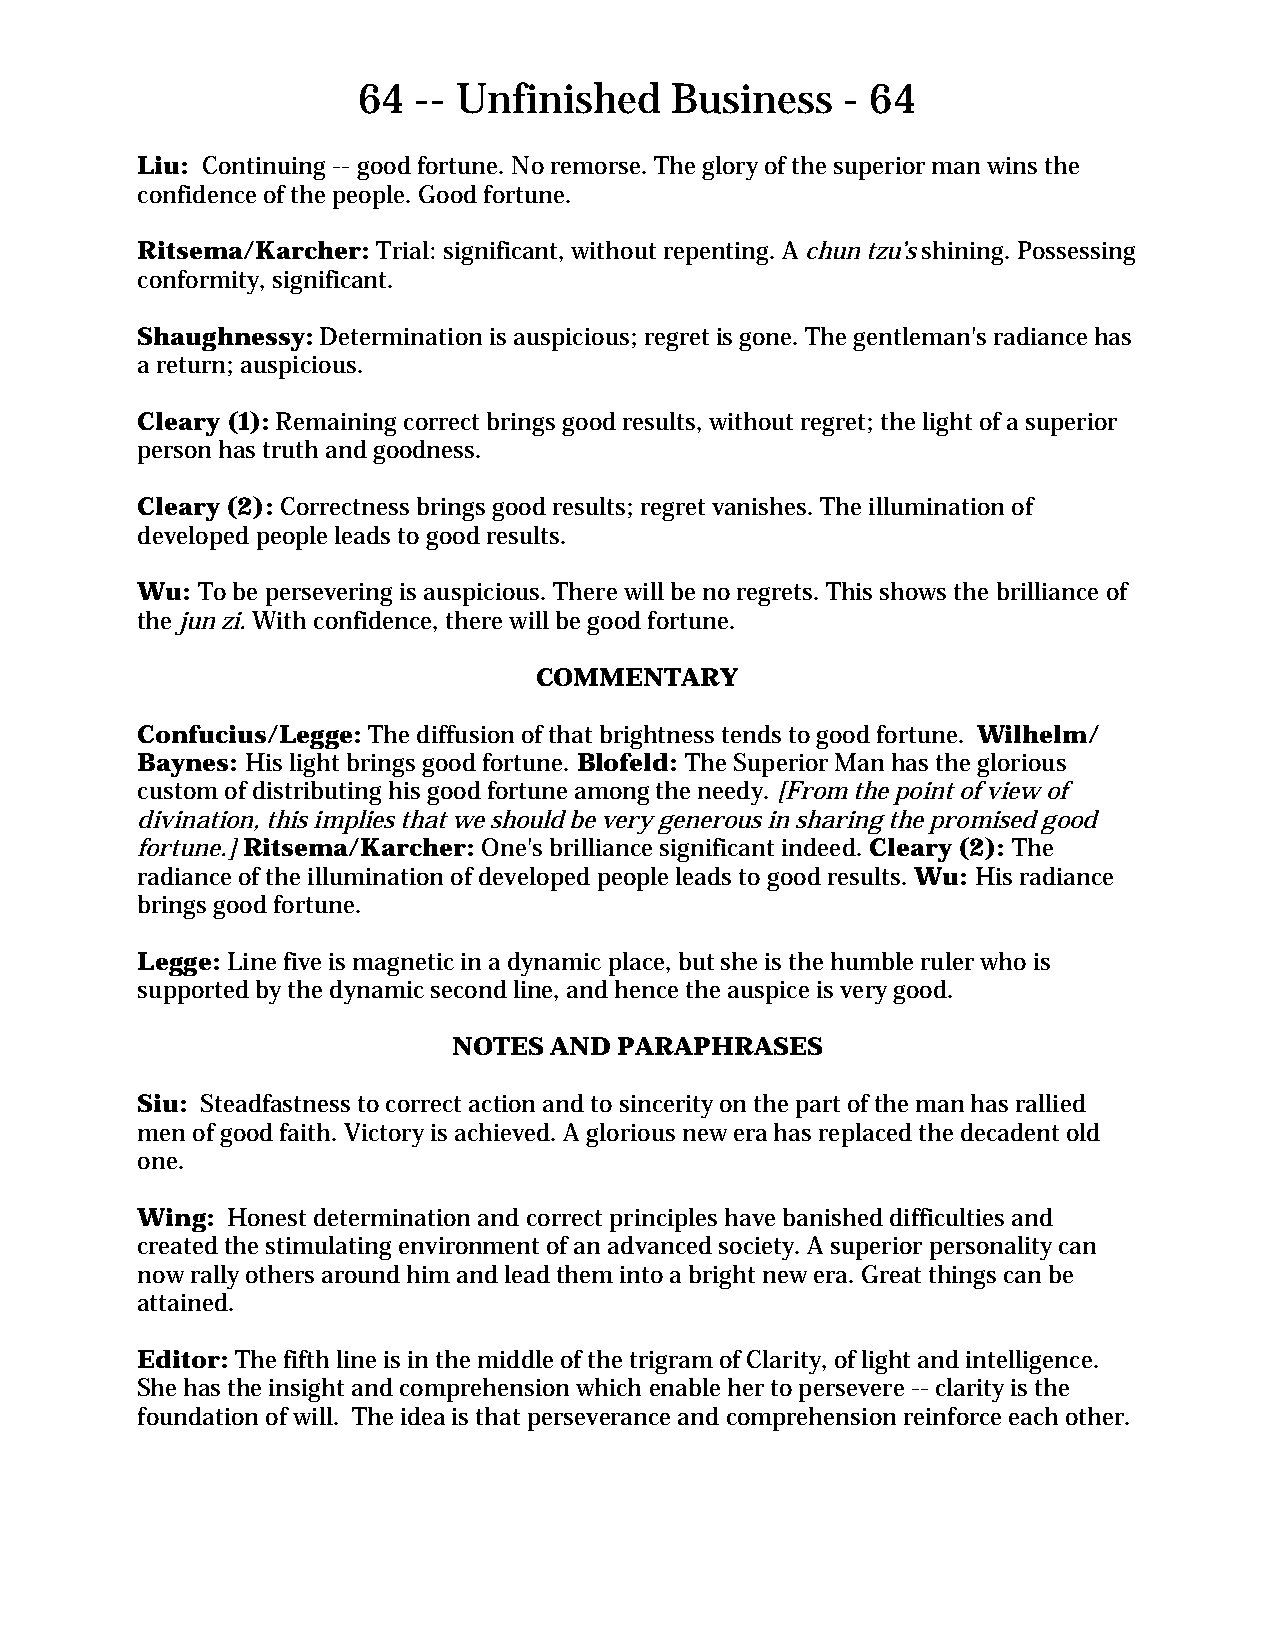
64  -- Unfinished   Business    - 64
 Liu: Continuing -- good fortune. No remorse. The glory of the superior man wins the
 confidence of the people. Good fortune.
 Ritsema/Karcher: Trial: significant, without repenting. A chun tzu’s shining. Possessing
 conformity, significant.
 Shaughnessy: Determination is auspicious; regret is gone. The gentleman's radiance has
 a return; auspicious.
 Cleary (1): Remaining correct brings good results, without regret; the light of a superior
 person has truth and goodness.
 Cleary (2): Correctness brings good results; regret vanishes. The illumination of
 developed people leads to good results.
 Wu: To be persevering is auspicious. There will be no regrets. This shows the brilliance of
 the jun zi. With confidence, there will be good fortune.
 COMMENTARY
 Confucius/Legge: The diffusion of that brightness tends to good fortune. Wilhelm/
 Baynes: His light brings good fortune. Blofeld: The Superior Man has the glorious
 custom of distributing his good fortune among the needy. [From the point of view of
 divination, this implies that we should be very generous in sharing the promised good
 fortune.] Ritsema/Karcher: One's brilliance significant indeed. Cleary (2): The
 radiance of the illumination of developed people leads to good results. Wu: His radiance
 brings good fortune.
 Legge: Line five is magnetic in a dynamic place, but she is the humble ruler who is
 supported by the dynamic second line, and hence the auspice is very good.
 NOTES AND  PARAPHRASES
 Siu: Steadfastness to correct action and to sincerity on the part of the man has rallied
 men of good faith. Victory is achieved. A glorious new era has replaced the decadent old
 one.
 Wing: Honest determination and correct principles have banished difficulties and
 created the stimulating environment of an advanced society. A superior personality can
 now rally others around him and lead them into a bright new era. Great things can be
 attained.
 Editor: The fifth line is in the middle of the trigram of Clarity, of light and intelligence.
 She has the insight and comprehension which enable her to persevere -- clarity is the
 foundation of will. The idea is that perseverance and comprehension reinforce each other.